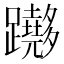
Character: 𨇵